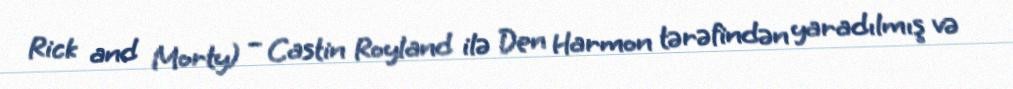
Rick and Morty) – Castin Royland ilə Den Harmon tərəfindən yaradılmış və